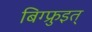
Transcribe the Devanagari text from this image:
बिग्फ्रुइत्